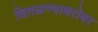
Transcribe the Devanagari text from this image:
वितळण्याबरोबर